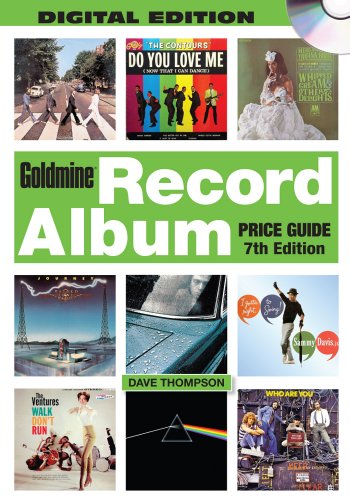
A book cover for Goldmine Record Album Price Guide CD; Dave Thompson; Crafts, Hobbies & Home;